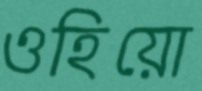
ওহিয়ো